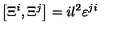
\left[ \Xi ^ { i } , \Xi ^ { j } \right] = i l ^ { 2 } { \varepsilon } ^ { j i }